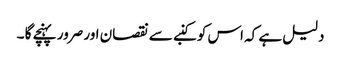
دلیل ہے کہ اس کو کنبے سے نقصان اور صرور پہنچے گا ۔